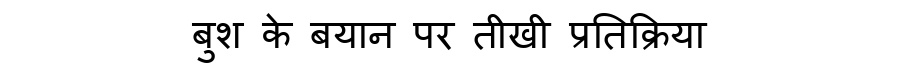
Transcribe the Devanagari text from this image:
बुश के बयान पर तीखी प्रतिक्रिया